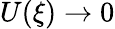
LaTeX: U(\xi)\to 0